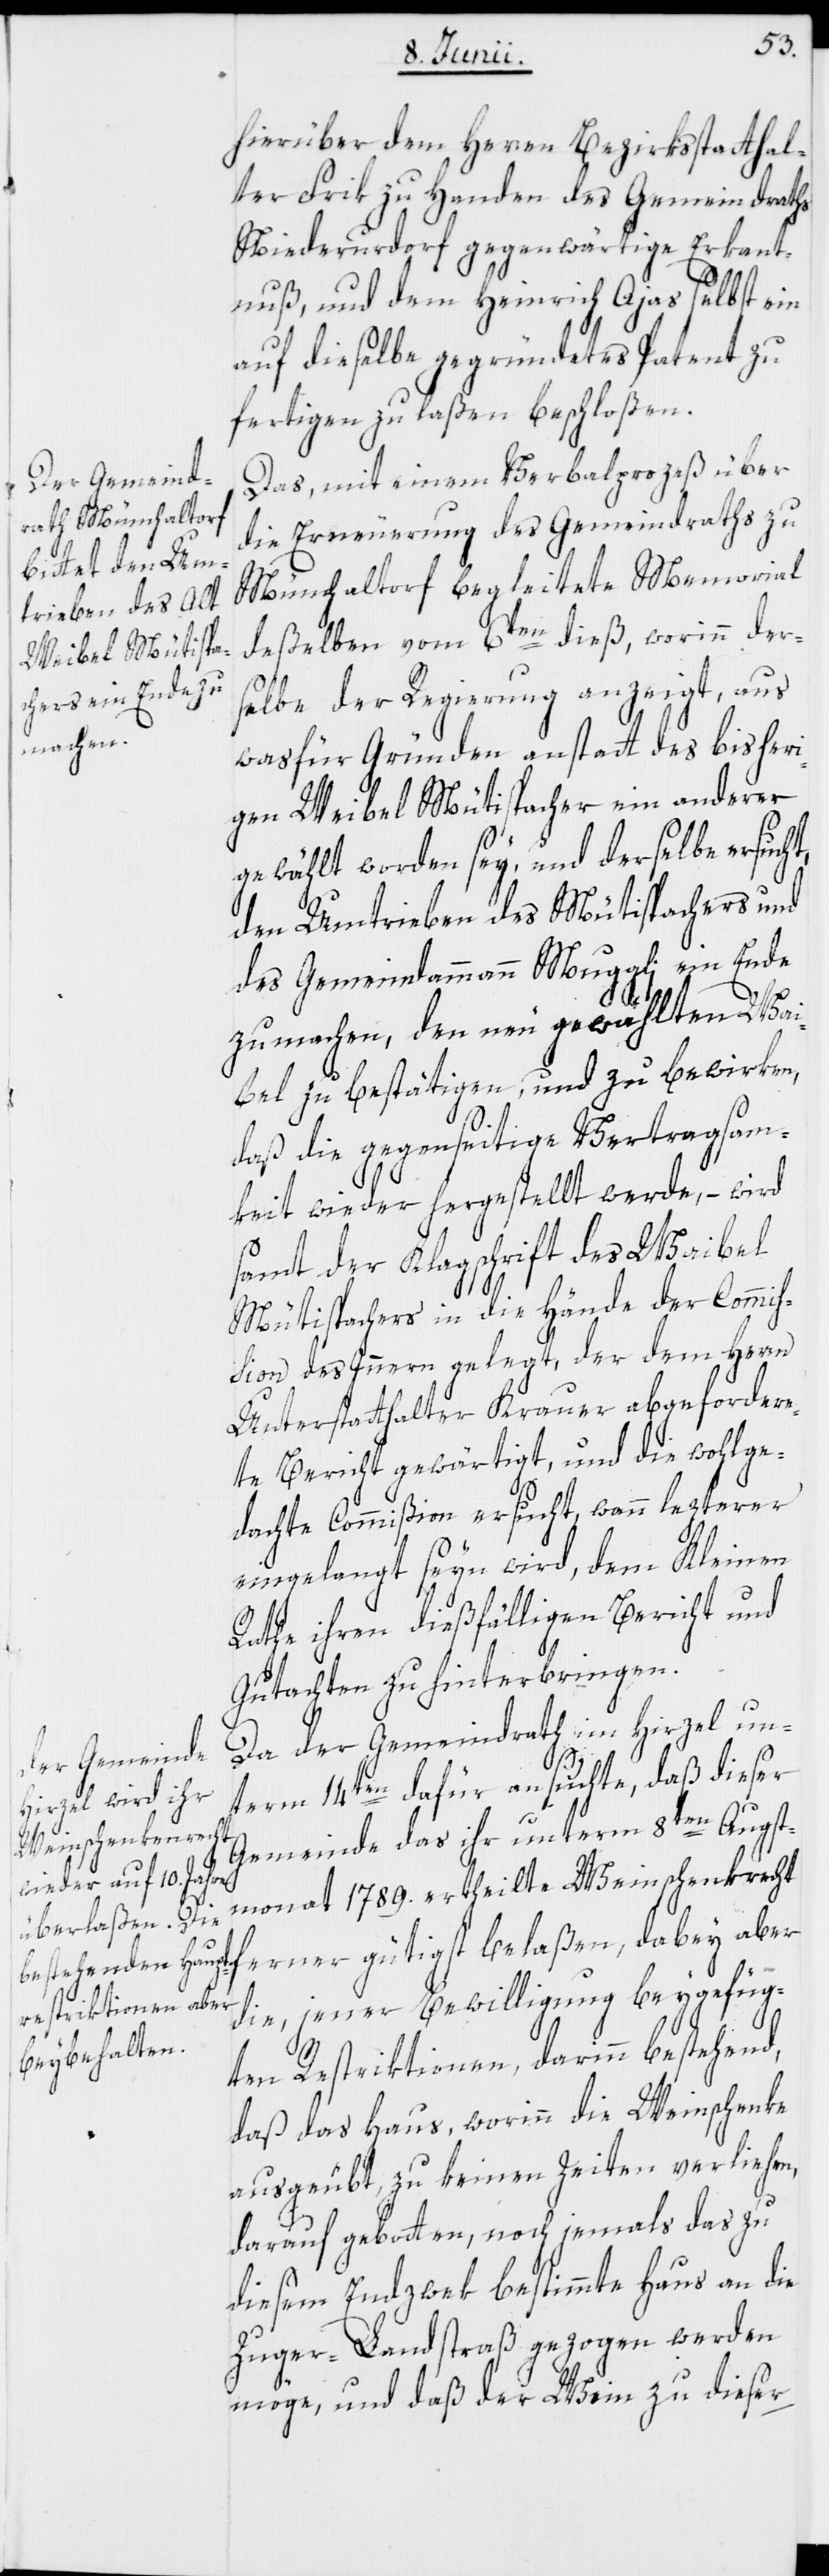
hierüber dem Herren Bezirksstatthal¬
ter Frik zu Handen des Gemeindraths
Niederurdorf gegenwärtige Erkannt¬
nuß, und dem Heinrich Ajas selbst ein
auf dieselbe gegründetes Patent zu¬
fertigen zu laßen beschloßen.
Das, mit einem Verbalprozeß über
die Erneuerung des Gemeindraths zu
Münchaltorf begleitete Memorial
deßelben vom 6ten dieß, worinn der¬
selbe der Regierung anzeigt, aus
was für Gründen anstatt des bisheri¬
gen Weibel Mütispacher ein anderer
gewählt worden sey, und derselbe ersucht,
den Umtrieben des Mütispachers und
des Gemeindammann Muggli ein Ende
zu machen, den neu gewählten Wai¬
bel zu bestätigen, und zu bewirken,
daß die gegenseitige Vertragsam¬
keit wieder hergestellt werde, – wird
samt der Klagschrift des Waibel
Mütispachers in die Hände der Commiß¬
ion des Innern gelegt, der dem Herrn
Unterstatthalter Krauer abgefordere¬
te Bericht gewärtigt, und die wohlge¬
dachte Commißion ersucht, wann lezterer
eingelangt seyn wird, dem Kleinen
Rathe ihren dießfälligen Bericht und
Gutachten zu hinterbringen.
Da der Gemeindrath im Hirzel un¬
term 14ten dafür ansuchte, daß dieser
Gemeinde das ihr unterm 8ten Augst¬
monat 1789. ertheilte Weinschenkenrecht
ferner gütigst belaßen, dabey aber
die, jener Bewilligung beygefüg¬
ten Restriktionen, darinn bestehend,
daß das Haus, worinn die Weinschenke
ausgeübt, zu keinen Zeiten verliehen,
drauf gebotten, noch jemals das zu
diesem Endzwek bestimmte Haus an die
Zuger-Landstraß gezogen werden
möge, und daß der Wein zu dieser